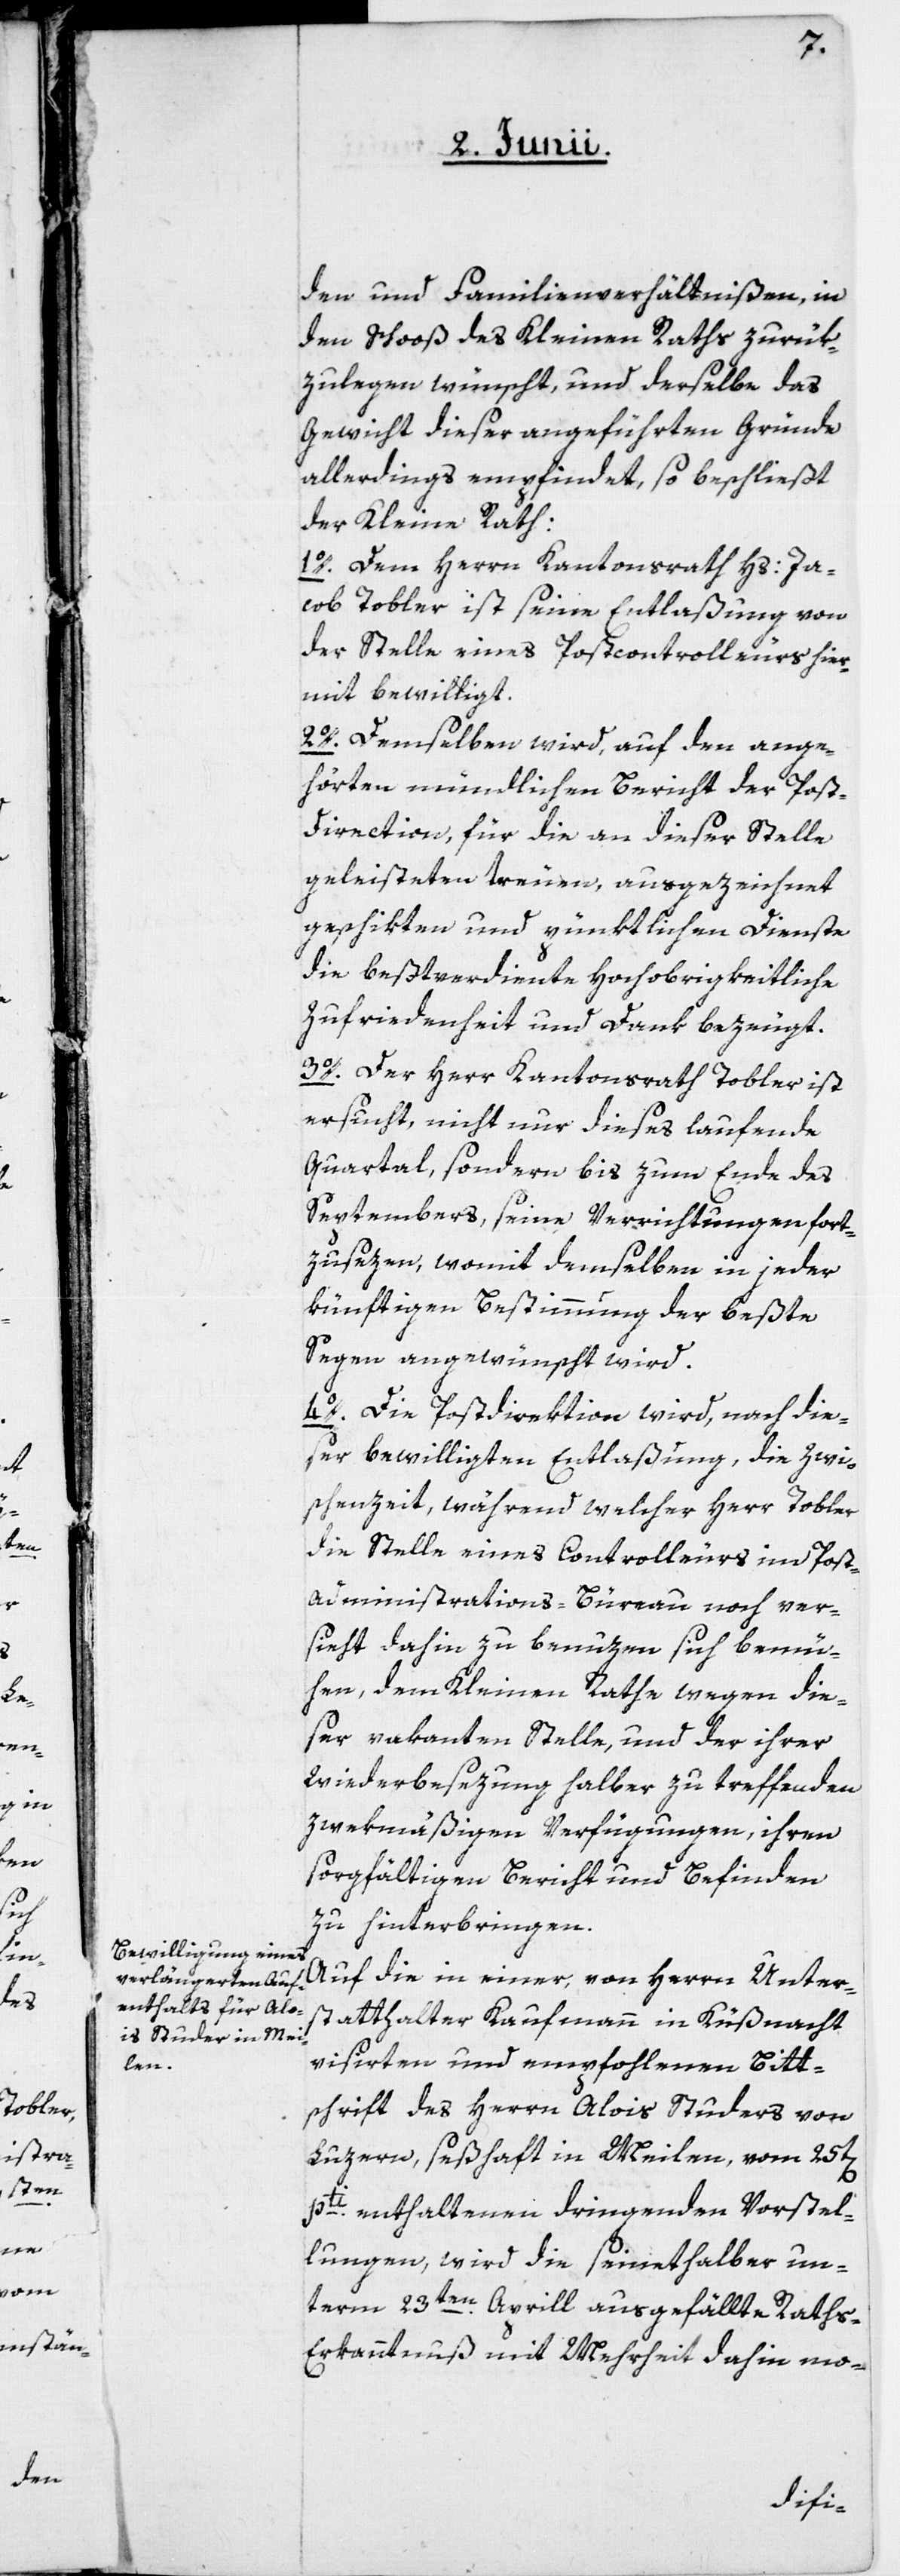
den und Familienverhältnißen, in
den Schooß des Kleinen Raths zurük¬
zulegen wünscht, und derselbe das
Gewicht dieser angeführten Gründe
allerdings empfindet, so beschließt
der Kleine Rath:
1o. Dem Herrn Kantonsrath Hs: Ja¬
cob Tobler ist seine Entlaßung von
der Stelle eines Postcontrolleurs hier¬
mit bewilligt.
2o. Demselben wird, auf den ange¬
hörten mündlichen Bericht der Post¬
direction, für die an dieser Stelle
geleisteten treuen, ausgezeichnet
geschikten und pünktlichen Dienste,
die bestverdiente Hochobrigkeitliche
Zufriedenheit und Dank bezeugt.
3o. Der Herr Kantonsrath Tobler ist
ersucht, nicht nur dieses laufende
Quartal, sondern bis zum Ende des
Septembers, seine Verrichtungen fort¬
zusezen, womit demselben in jeder
künftigen Bestimmung der beßte
Segen angewünscht wird.
4o. Die Postdirektion wird, nach die¬
ser bewilligten Entlaßung, die Zwi¬
schenzeit, während welcher Herr Tobler
die Stelle eines Controlleurs im Post-A¬
dministrations-Bureau noch ver¬
sieht, dahin zu benuzen sich bemü¬
hen, dem Kleinen Rathe wegen die¬
ser vakanten Stelle, und der ihrer
Wiederbesezung halber zu treffenden
zwekmäßigen Verfügungen, ihren
sorgfältigen Bericht und Befinden
zu hinterbringen.
Auf die in einer von Herrn Unter¬
statthalter Kaufmann in Küßnacht
visirten und empfohlenen Bitt¬
schrift des Herrn Alois Studers von
Luzern, seßhaft in Meilen, vom 25t[en]
pti enthaltenen dringenden Vorstel¬
lungen, wird die seinethalber un¬
term 23ten Aprill ausgefällte Rath¬
s-Erkanntnuß mit Mehrheit dahin mo-